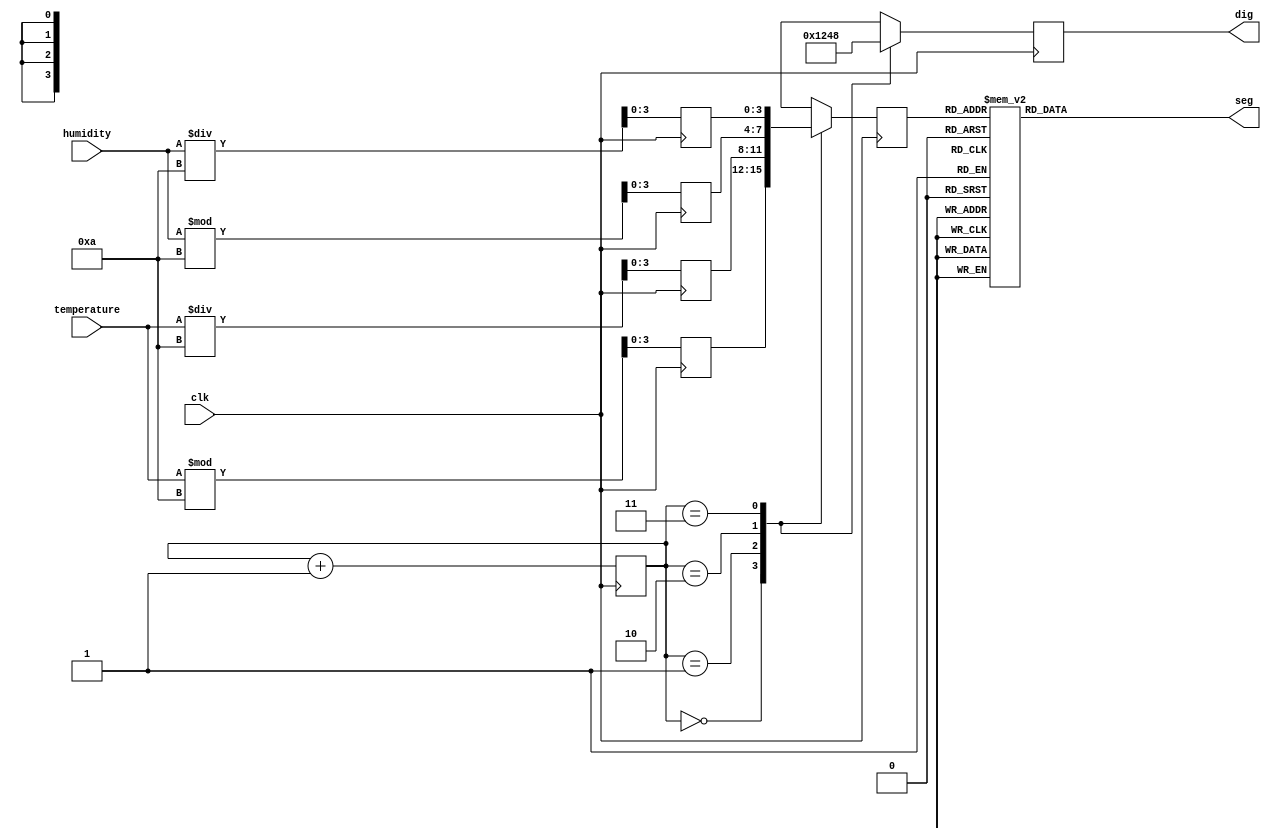
module display(clk,temperature,humidity,dig,seg);
input clk;
input [7:0]temperature;
input [7:0]humidity;
output reg[3:0]dig;
output reg[6:0]seg;

reg[3:0]data1,data2,data3,data4;
reg[3:0]data;
reg[1:0]q;

initial
begin
dig<=0;seg<=0;
data1<=0;data2<=0;data3<=0;data4<=0;
data<=0;q<=0;
end

always@(posedge clk)
begin
data1<=temperature%10;
data2<=temperature/10;
data3<=humidity%10;
data4<=humidity/10;
end

always @(posedge clk)
begin
	q<=q+1;
	case(q)
	2'd0 : begin dig<=4'b0001; data<=data1; end
	2'd1 : begin dig<=4'b0010; data<=data2; end
	2'd2 : begin dig<=4'b0100; data<=data3; end
	2'd3 : begin dig<=4'b1000; data<=data4; end
	endcase
end

always @(data)
begin 
	case(data)
   4'd0 : seg=7'b1111110;
   4'd1 : seg=7'b0110000;
   4'd2 : seg=7'b1101101;
   4'd3 : seg=7'b1111001;
   4'd4 : seg=7'b0110011;
   4'd5 : seg=7'b1011011;
   4'd6 : seg=7'b1011111;
   4'd7 : seg=7'b1110000;
   4'd8 : seg=7'b1111111;
   4'd9 : seg=7'b1111011;
   default : seg=7'b1111110;
   endcase
end

endmodule